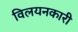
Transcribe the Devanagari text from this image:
विलयनकारी